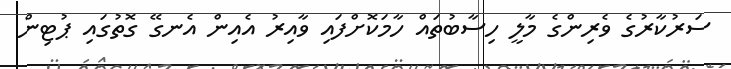
ސަރުކާރުގެ ވެރިންގެ މާލީ ހިސާބުތައް ހާމަކޮށްފައި ވާއިރު އެއިން އެނގޭ ގޮތުގައި ޕުޓިން